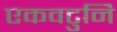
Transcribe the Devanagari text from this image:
एकवटुनि